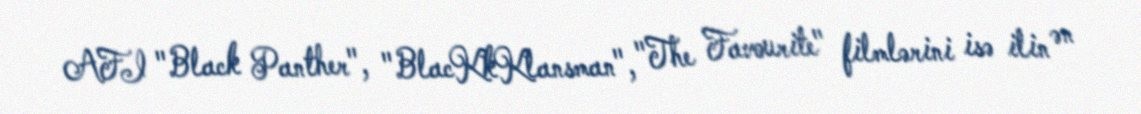
AFI "Black Panther", "BlacKkKlansman", "The Favourite" filmlərini isə ilin ən